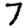
Digit: 7